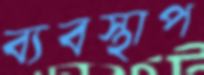
ব্যবস্থাপ